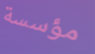
مؤسسة